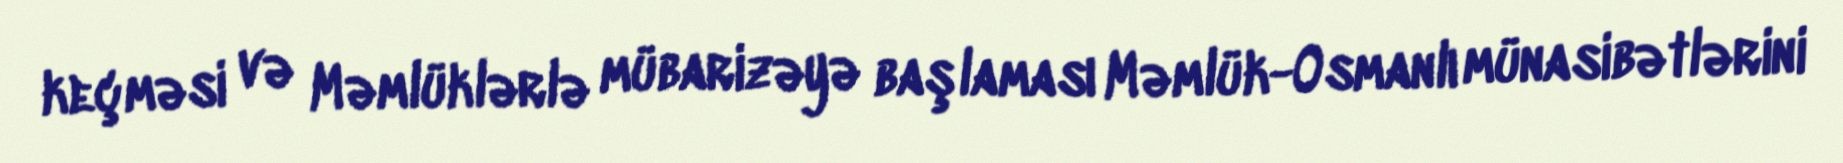
keçməsi və Məmlüklərlə mübarizəyə başlaması Məmlük-Osmanlı münasibətlərini